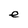
Character: e